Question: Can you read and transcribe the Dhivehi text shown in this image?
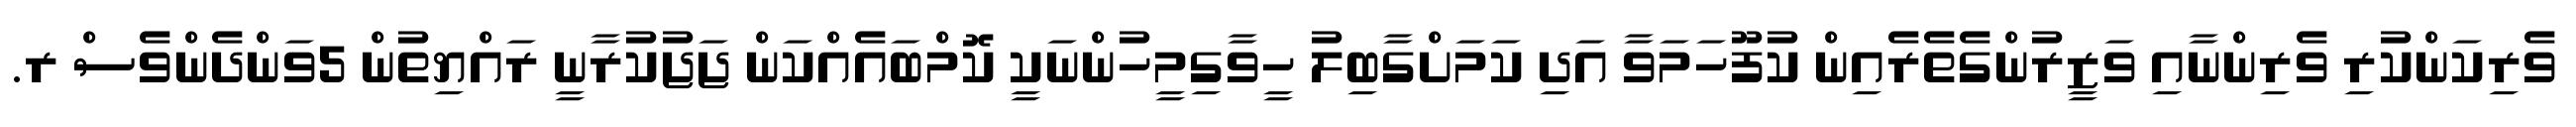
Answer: ވެރިކަންކުރި ވެރިންނާއި ވަޒީރުންގެތެރެއިން ކުފޫހަމަވާ އަދި ކަމަށްގާބިލު ހީވާގިމީހުންނަކީ ކޮމްބައެއްކަން ޖަޖުކުރާނީ ރައްޔިތުން 5ވަންދެންވެސް ރ.